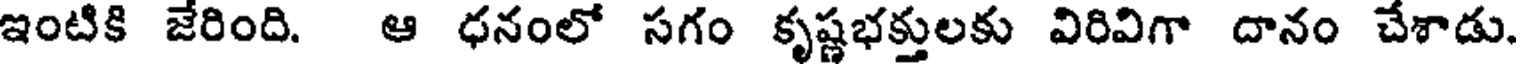
ఇంటికి జేరింది. ఆ ధనంలో సగం కృష్ణభక్తులకు విరివిగా దానం చేశాడు.